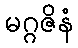
မဂ္ဂဇိနံ